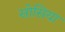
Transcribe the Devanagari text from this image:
सोसिया